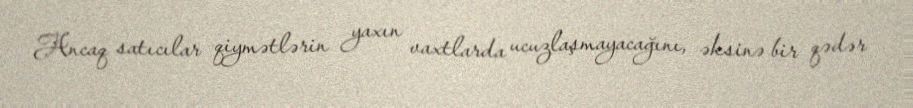
Ancaq satıcılar qiymətlərin yaxın vaxtlarda ucuzlaşmayacağını, əksinə bir qədər